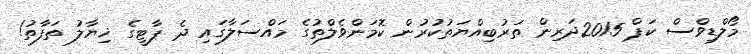
މޯލްޑިވްސް ކަޕް 2015ދަރިން ތަރުބިއްޔަތުކުރުން ކޮމަންވެލްތުގެ މައްސަލާގައި ދެ ޕާޓީގެ ޚިޔާލު ތަފާތު!